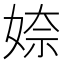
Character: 𡞏